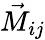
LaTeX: \vec{M}_{ij}